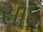
સાધ